Report on sanitation, dispensaries, and jails in Rajputana for 1912, and on vaccination for the year 1912-1913 - 1912-1913
Year: 1912
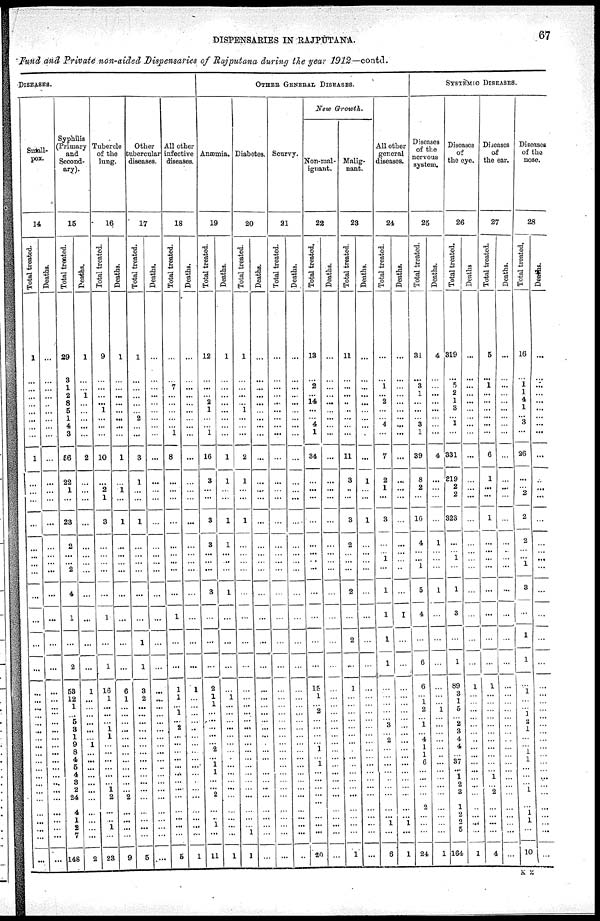
DISPENSARIES IN RAJPUTANA.
67
Fund and Private non-aided Dispensaries of Rajputana during the year 1912— contd.
DISEASES.
Small-
pox.
14
Total treated.
1
...
...
...
...
...
...
...
...
1
...
...
...
...
...
...
...
...
...
...
...
...
...
...
...
...
...
...
...
...
...
...
...
...
...
...
...
...
...
... ...
...
Deaths.
...
...
...
...
...
...
...
...
...
...
...
...
...
...
...
...
...
...
...
...
...
...
...
...
...
...
...
...
...
...
...
...
...
...
...
...
...
...
...
... ...
...
Syphilis
Primary
and
Second-
ary).
15
Total treated.
29
3
1
2
8
5
1
4
3
56
22
1
...
23
2
...
2
...
4
1
...
2
53
12
1
...
5
8
1
9
8
4
5
4
8
2
24
4
1
2
7
148
Deaths.
1
...
...
1
...
...
...
...
...
2
...
...
...
...
...
...
...
...
...
...
...
...
1
...
...
...
...
...
... 1
...
...
...
...
...
...
...
...
...
...
...
2
Tubercle
of the
lung.
16
Total treated.
9
...
...
...
...
1
...
...
...
10
...
2
1
3
...
...
...
...
...
1
...
1
16
1
...
...
...
1
1
...
...
...
...
...
...
1
2
...
...
1
...
28
Deaths.
1
...
...
...
...
...
...
...
...
1
...
1
...
1
..
...
...
...
...
...
...
...
6
1
...
...
...
...
...
...
...
...
...
...
...
...
2
...
...
...
...
9
Other
tubercular
diseases.
17
Total treated
1
...
...
...
...
...
2
...
...
3
1
...
...
1
...
...
...
...
...
...
1
1
3
2
...
...
...
...
...
...
...
...
...
...
...
...
...
...
...
...
...
5
Deaths.
...
...
...
...
...
...
...
...
...
...
...
...
...
...
...
...
...
...
...
...
...
...
...
...
...
...
...
...
...
...
...
...
...
...
...
...
...
...
...
... ...
...
All other
infective
diseases.
18
Total treated.
...
...
7
...
...
...
...
...
1
8
...
...
...
...
...
...
...
...
...
1
...
...
1
1
... 1
...
2
...
...
...
...
...
...
...
...
...
...
...
...
...
5
Deaths.
...
...
...
...
...
...
...
...
...
...
...
...
...
...
...
...
...
...
...
...
...
...
1
...
...
...
...
..
...
...
...
...
...
...
...
...
...
...
...
...
...
1
OTHER GENERAL DISEASES.
Anæmia.
19
Total treated.
12
...
...
...
2
1
...
...
1
16
3
...
...
3
3
...
...
...
8
...
...
...
2
1
1
...
...
...
...
...
2
...
1
1
...
...
2
...
...
1
...
11
Deaths.
1
...
...
...
...
...
...
...
...
1
1
...
...
1
1
...
...
...
1
...
...
...
...
1
...
...
...
...
...
...
...
...
...
...
...
...
...
...
...
...
...
1
Diabetes.
20
Total treated.
1
...
...
...
...
1
...
...
...
2
1
...
...
1
...
...
...
...
...
...
...
...
...
...
...
...
...
...
...
...
...
...
...
...
...
...
...
...
...
... 1
1
Deaths.
...
...
...
...
...
...
...
...
...
...
...
...
...
...
...
...
...
...
...
...
...
...
...
...
...
...
...
...
...
...
...
...
...
...
...
...
...
...
...
...
...
...
Scurvy.
21
Total treated.
...
...
...
...
...
...
...
...
...
...
...
...
...
...
...
...
...
...
...
...
...
...
...
...
...
...
...
...
...
...
...
...
...
...
...
...
...
...
...
...
...
...
Deaths.
...
...
...
...
...
...
...
...
...
...
...
...
...
...
...
...
...
...
...
...
...
...
...
...
...
...
...
...
...
...
...
...
...
...
...
...
...
...
...
...
...
...
New Growth.
Non-mal-
ignant.
22
Total treated.
18
...
2
...
14
...
...
4
1
34
...
...
...
...
...
...
...
...
...
...
...
...
15
1
... 2
...
...
...
...
1
...
1
...
...
...
...
...
...
...
...
20
Deaths.
...
...
...
...
...
...
...
...
...
...
...
...
...
...
...
...
...
...
...
...
...
...
...
...
...
...
...
...
...
...
...
...
...
...
...
...
...
...
...
...
...
...
Malig-
nant.
23
Total treated.
11
...
...
...
..
..
...
...
...
11
3
...
...
3
2
...
...
...
2
...
2
...
1
...
...
...
...
...
...
...
...
...
...
...
...
...
...
...
...
...
...
1
Deaths.
...
...
...
...
...
...
...
...
...
...
1
...
...
1
...
...
...
...
...
...
...
...
...
...
...
...
...
...
...
...
...
...
...
...
...
...
...
...
...
...
...
...
All other
general
diseases.
24
Total treated.
...
...
1
...
2
...
...
4
...
7
2
1
...
3
...
1
...
...
1
1
1
1
...
...
...
...
...
3
... 2
...
...
...
...
...
...
...
...
...
1
...
6
Deaths.
...
...
...
...
...
...
...
...
...
...
...
...
...
...
...
...
... ...
...
1
...
...
...
...
...
...
...
...
...
...
...
...
...
...
...
...
...
...
...
1
...
1
SYSTEMIC DISEASES.
Diseases
of the
nervous
system.
25
Total treated.
31
...
3
1
...
...
...
3
1
39
8
2
...
10
4
...
1
...
5
4
...
6
6
...
1
2
...
1
... 4
1
...
6
...
...
...
...
2
...
...
...
24
Deaths.
4
...
...
...
...
...
...
...
...
4
...
...
...
...
1
...
...
...
1
...
...
...
...
...
... 1
...
...
...
...
...
...
...
...
...
...
...
...
...
...
...
1
Diseases
of
the eye.
26
Total treated.
319
...
5
2
1
3
...
1
...
331
319
2
2
323
...
1
...
...
1
3
...
1
89
3
1
5
...
2
3
4
4
... 37
...
1
2
3
1
2
2
5
164
Deaths
...
...
...
...
...
...
...
...
...
...
...
...
...
...
...
...
...
...
...
...
...
...
1
...
...
...
...
...
...
...
...
...
...
...
...
...
...
...
...
...
...
1
Diseases
of
the ear.
27
Total treated.
5
...
1
...
...
...
...
...
...
6
1
...
...
1
...
...
...
...
...
...
...
...
1
...
...
...
...
...
...
...
...
...
...
...
1
...
2
...
...
...
...
4
Deaths.
...
...
...
...
...
...
...
...
...
...
...
...
...
...
...
...
...
...
...
...
...
...
...
...
...
...
...
...
...
...
...
...
...
...
...
...
...
...
...
...
...
...
Diseases
of the
nose.
28
Total treated.
16
...
1
1
4
1
...
3
...
26
...
... 2
2
2
...
1 ...
3
...
1
1
...
...
...
...
...
1
...
...
1
1
...
...
...
...
1
...
1
...
...
10
Deaths.
...
...
...
...
...
...
...
...
...
...
...
...
...
...
...
...
...
...
...
...
...
...
...
...
...
...
...
...
...
...
...
...
...
...
...
...
...
...
...
...
...
...
K 2